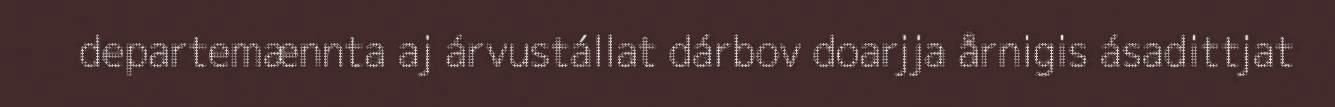
departemænnta aj árvustállat dárbov doarjja årnigis ásadittjat